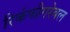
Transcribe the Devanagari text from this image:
रिकंफीगरेबल